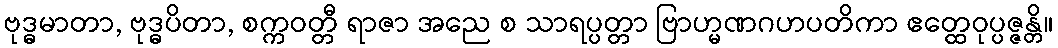
ဗုဒ္ဓမာတာ, ဗုဒ္ဓပိတာ, စက္ကဝတ္တီ ရာဇာ အညေ စ သာရပ္ပတ္တာ ဗြာဟ္မဏဂဟပတိကာ ဧတ္ထေဝုပ္ပဇ္ဇန္တိ။